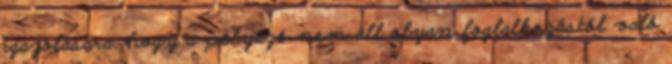
igazolására, hogy a pályázó nem áll olyan foglalkozástól való